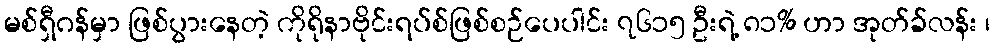
မစ်ရှီဂန်မှာ ဖြစ်ပွားနေတဲ့ ကိုရိုနာဗိုင်းရပ်စ်ဖြစ်စဉ်ပေပါင်း ၇၆၁၅ ဦးရဲ့ ၈၁% ဟာ အုတ်ခ်လန်း ၊